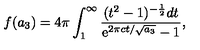
f ( a _ { 3 } ) = 4 \pi \int _ { 1 } ^ { \infty } { \frac { ( t ^ { 2 } - 1 ) ^ { - \frac { 1 } { 2 } } d t } { \mathrm { e } ^ { 2 \pi c t / \sqrt { a _ { 3 } } } - 1 } } ,